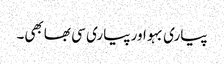
پیاری بہو اور پیاری سی بھابھی۔